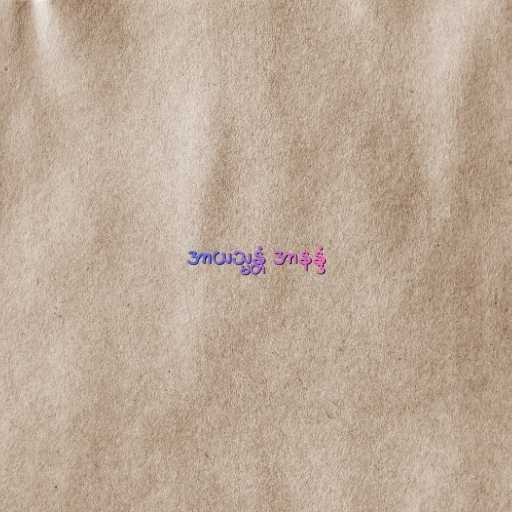
အာယသ္မန္တံ အာနန္ဒံ